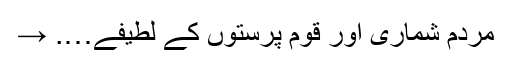
مردم شماری اور قوم پرستوں کے لطیفے…. →